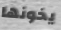
يخونها